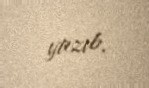
yazıb.